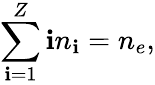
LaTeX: \sum_{\mathbf{i}=1}^{Z}\mathbf{i}n_{\mathbf{i}}=n_{e},